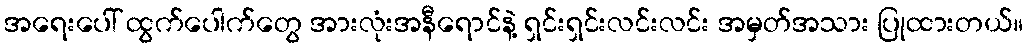
အရေးပေါ် ထွက်ပေါက်တွေ အားလုံးအနီရောင်နဲ့ ရှင်းရှင်းလင်းလင်း အမှတ်အသား ပြုထားတယ်။